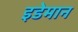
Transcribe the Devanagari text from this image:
इडेमान